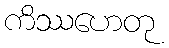
ကိဿဟေတု